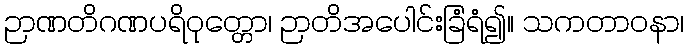
ဉာဏတိဂဏပရိဝုတ္တော၊ ဉာတိအပေါင်းခြံရံ၍။ သကတာဝနာ၊